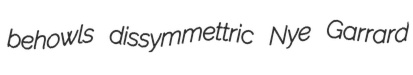
behowls dissymmettric Nye Garrard